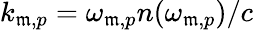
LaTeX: k_{\mathfrak{m},p}=\omega_{\mathfrak{m},p}n(\omega_{\mathfrak{m},p})/c